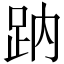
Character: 䟜